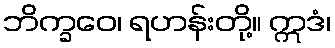
ဘိက္ခဝေ၊ ရဟန်းတို့။ ဣဒံ၊